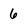
Character: 6